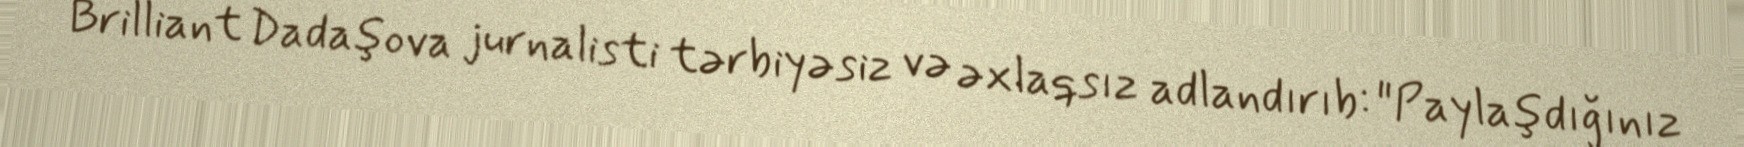
Brilliant Dadaşova jurnalisti tərbiyəsiz və əxlaqsız adlandırıb: "Paylaşdığınız